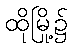
ထိုမြို့၌